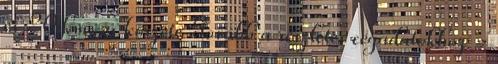
és 20 km-es körzete Tovább a részletes cégadatokhoz »